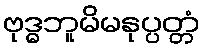
ဗုဒ္ဓဘူမိမနုပ္ပတ္တံ